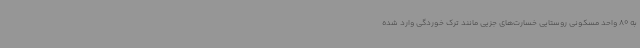
به 80 واحد مسکونی روستایی خسارت‌های جزیی مانند ترک خوردگی وارد شده